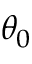
\theta _ { 0 }